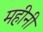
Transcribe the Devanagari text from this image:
महीनी